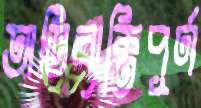
অভিব্যক্তিপূর্ণ